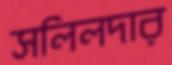
সলিলদার